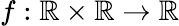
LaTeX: f:\mathbb{R}\times\mathbb{R}\to\mathbb{R}